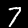
Label: 7